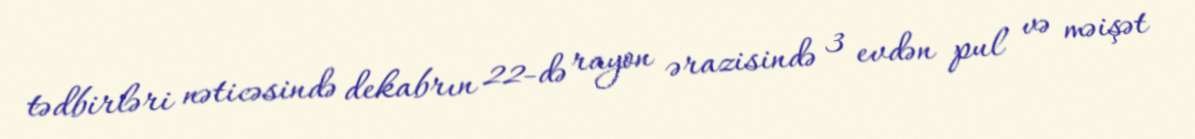
tədbirləri nəticəsində dekabrın 22-də rayon ərazisində 3 evdən pul və məişət